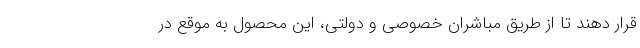
قرار دهند تا از طریق مباشران خصوصی و دولتی، این محصول به موقع در